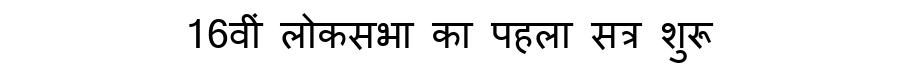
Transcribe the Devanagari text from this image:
16वीं लोकसभा का पहला सत्र शुरू